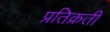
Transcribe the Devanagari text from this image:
प्रतिक्रती